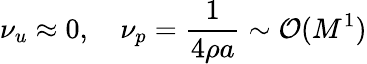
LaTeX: \nu_{u}\approx 0,\quad\nu_{p}=\frac{1}{4\rho a}\sim\mathcal{O}(M^{1})